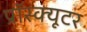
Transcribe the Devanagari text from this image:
प्रॉस्क्यूटर